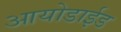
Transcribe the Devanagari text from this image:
आयोडाईड